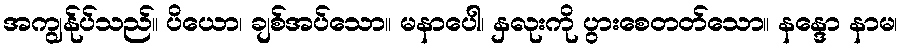
အကျွန်ုပ်သည်။ ပိယော၊ ချစ်အပ်သော။ မနာပေါ၊ နှလုးကို ပွားစေတတ်သော။ နန္ဒော နာမ၊